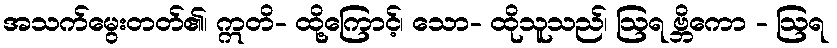
အသက်မွေးတတ်၏၊ ဣတိ- ထို့ကြောင့်၊ သော- ထိုသူသည်၊ ဩရ ဗ္ဘိကော - ဩရ